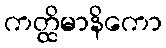
ကတ္ထိမာနိကော